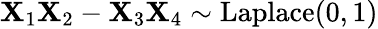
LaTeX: \mathbf{X}_{1}\mathbf{X}_{2}-\mathbf{X}_{3}\mathbf{X}_{4}\sim{\textrm{{Laplace}}}(0,1)